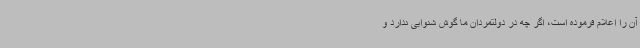
آن را اعلام فرموده است، اگر چه در دولتمردان ما گوش شنوایی ندارد و